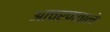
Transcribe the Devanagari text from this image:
आचरणवाले